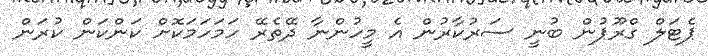
ޕެޓަލް ގްރޫޕުން ބުނީ ސަރުކާރުން އެ މީހުންނާ ދޭތެރޭ ހަމަހަމަކޮށް ކަންކަން ކުރަން